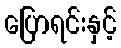
ပြောရင်းနှင့်